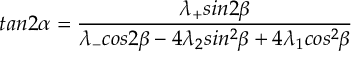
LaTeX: t a n 2 \alpha = \frac { \lambda _ { + } s i n 2 \beta } { \lambda _ { - } c o s 2 \beta - 4 \lambda _ { 2 } s i n ^ { 2 } \beta + 4 \lambda _ { 1 } c o s ^ { 2 } \beta } \;